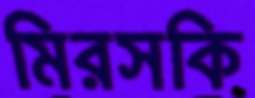
মিরসকি